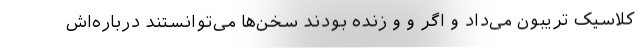
کلاسیک تریبون می‌داد و اگر و و زنده بودند سخن‌ها می‌توانستند درباره‌اش